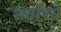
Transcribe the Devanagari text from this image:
शर्वाण्यै